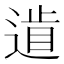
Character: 𨕐